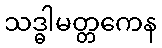
သဒ္ဓါမတ္တကေန